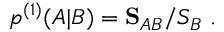
\begin{array} { r } { p ^ { ( 1 ) } ( A | B ) = \mathbf { S } _ { A B } / S _ { B } \ . } \end{array}